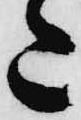
た